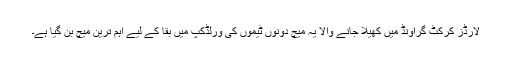
لارڈز کرکٹ گراؤنڈ میں کھیلا جانے والا یہ میچ دونوں ٹیموں کی ورلڈکپ میں بقا کے لیے اہم ترین میچ بن گیا ہے۔